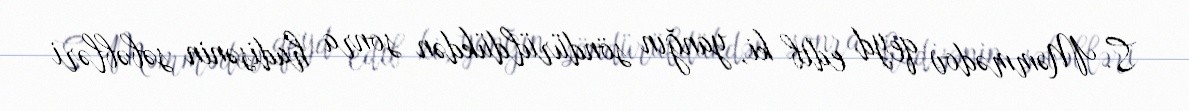
S. Məmmədov qeyd edib ki, yanğın söndürüldükdən sonra hadisənin səbəbləri